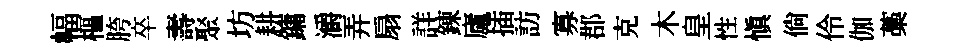
幅樞胯卒壽聚坊耕鏞灂弄扇詳錬廬插訪寡郡克木皇性愼倘伶伽藁